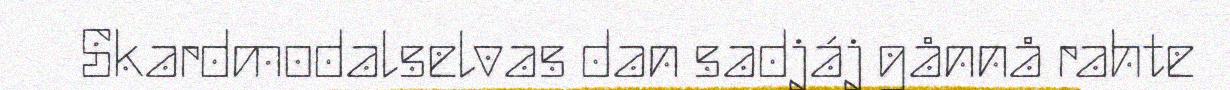
Skardmodalselvas dan sadjáj gånnå rahte